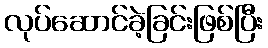
လုပ်ဆောင်ခဲ့ခြင်းဖြစ်ပြီး